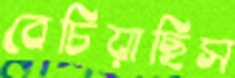
বেচিয়াছিস